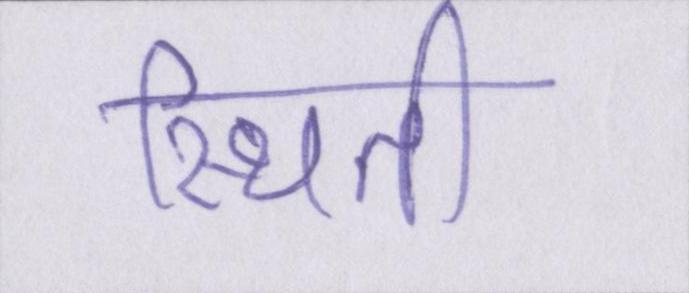
स्थिती